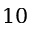
1 0